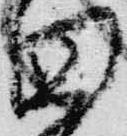
国